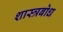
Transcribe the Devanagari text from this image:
शास्त्रबोध